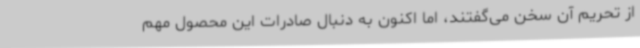
از تحریم آن سخن می‌گفتند، اما اکنون به دنبال صادرات این محصول مهم